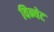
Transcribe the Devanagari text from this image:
विन्येट